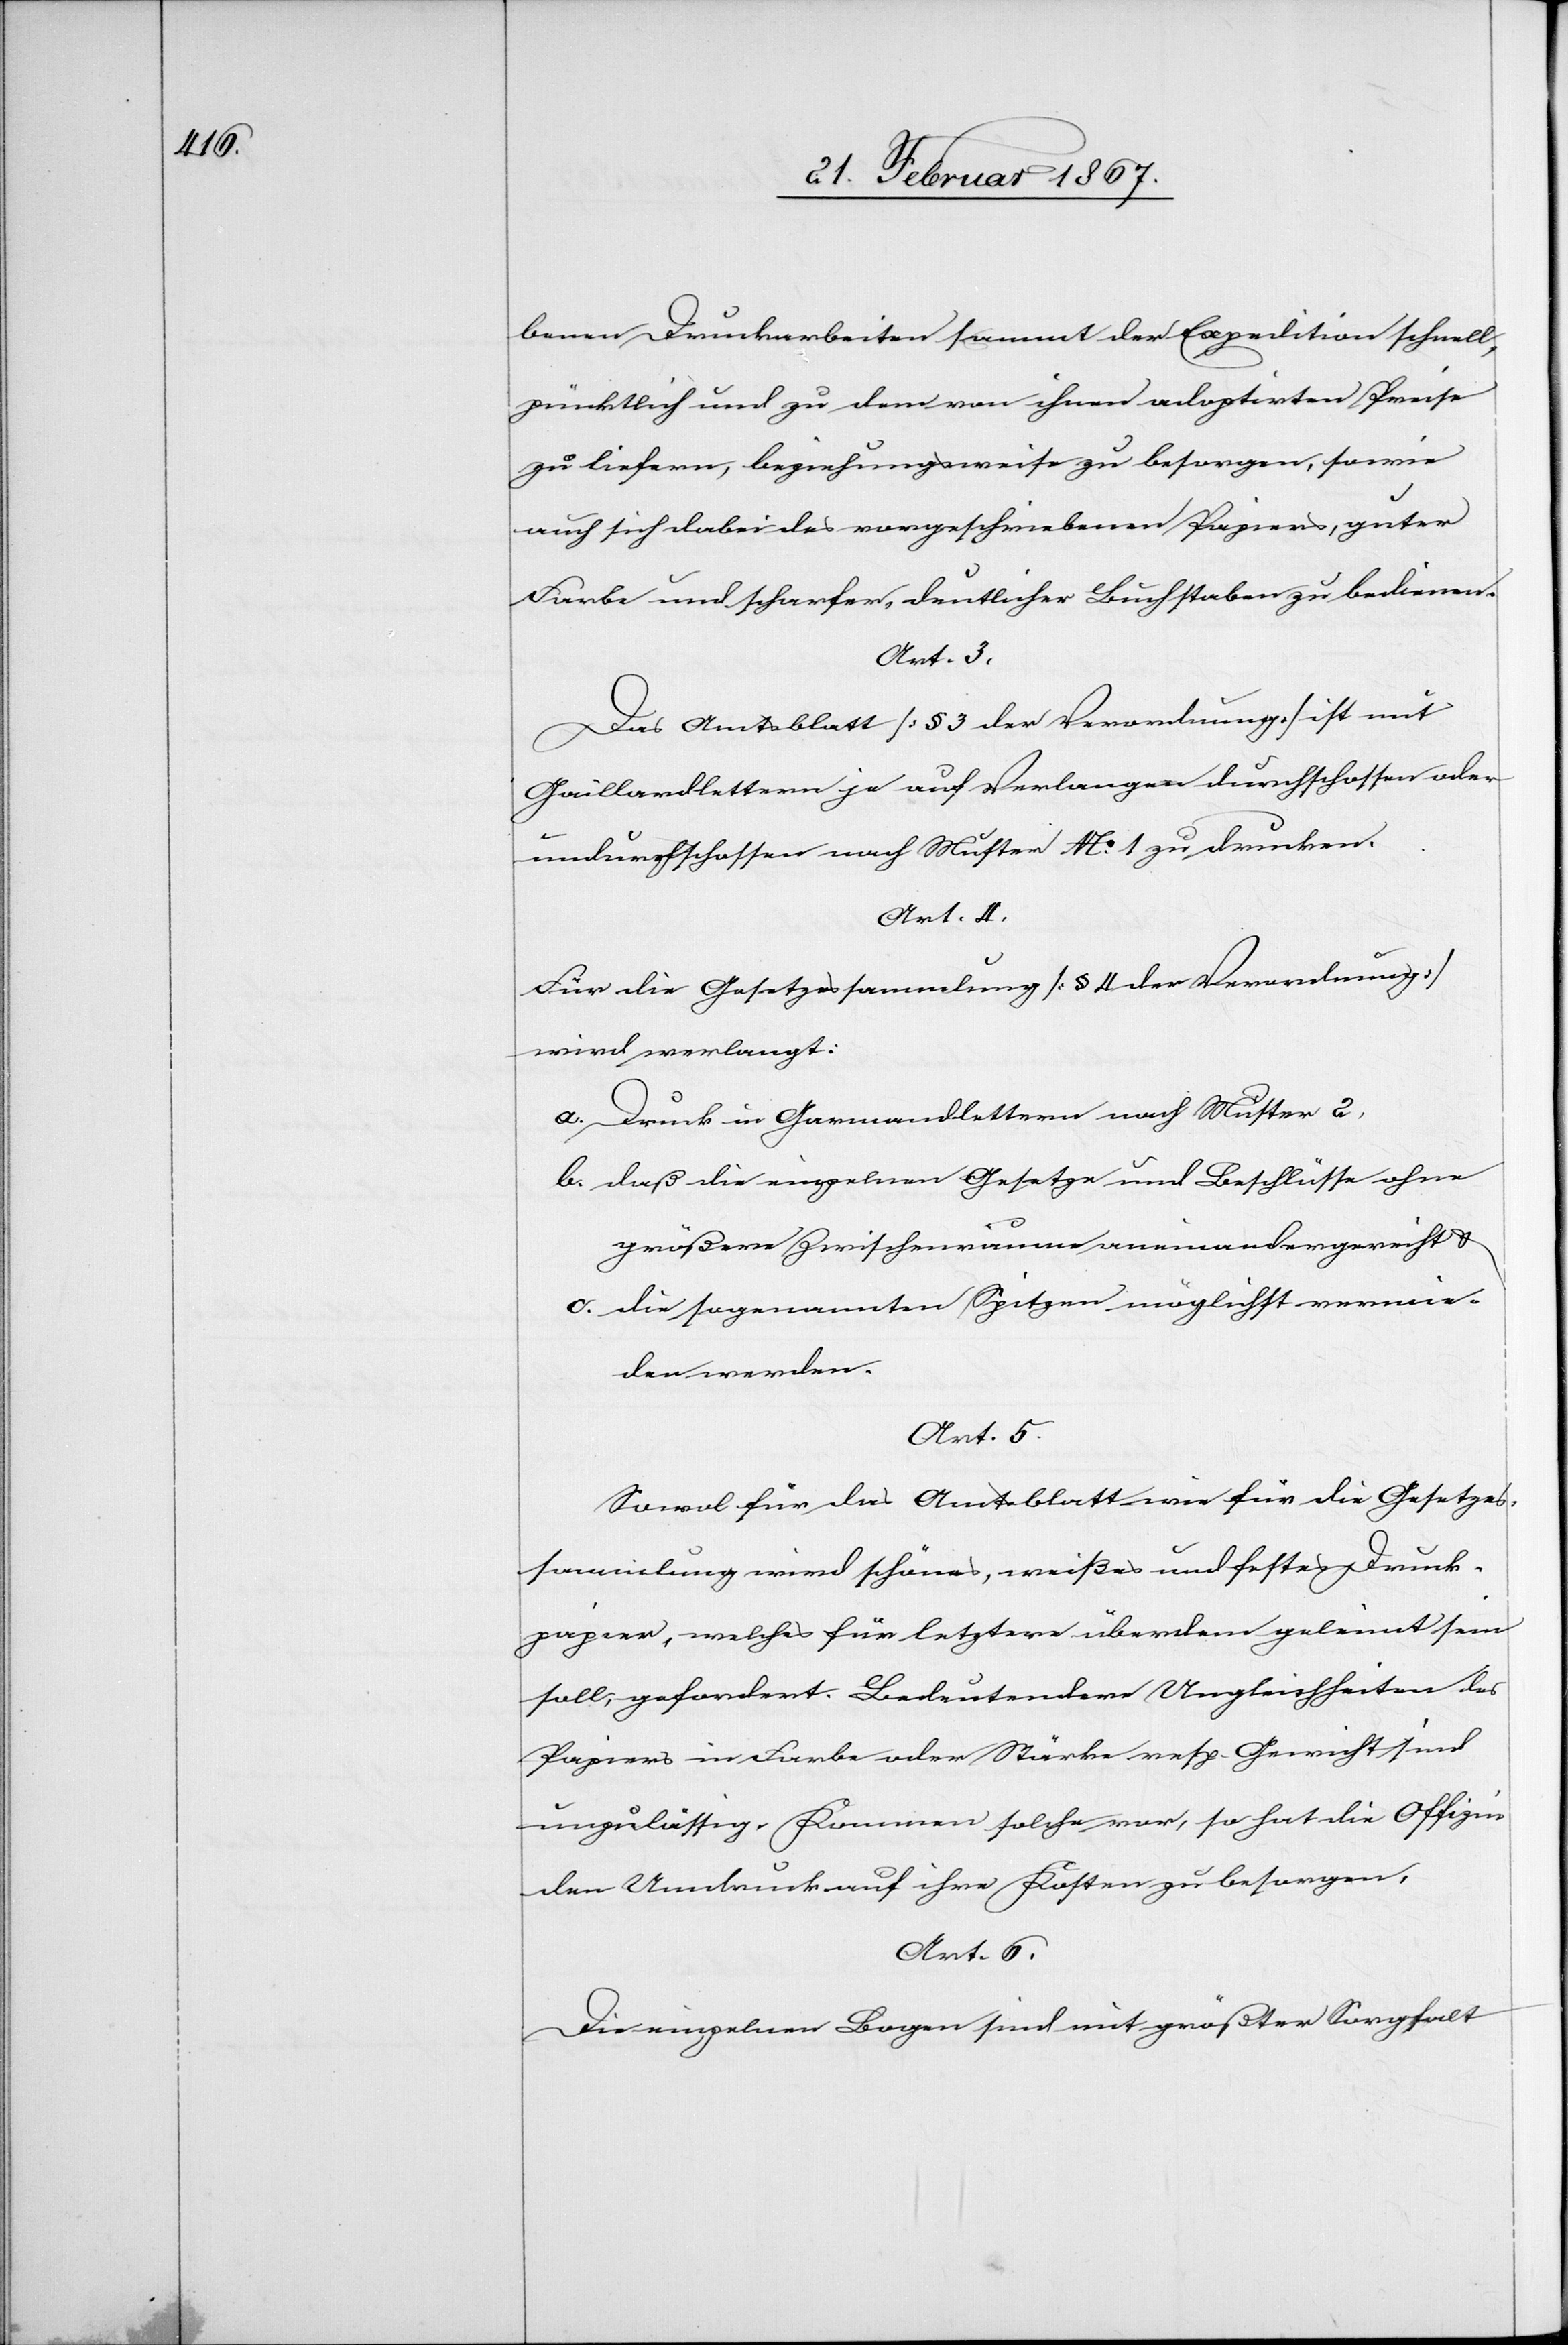
benen Druckarbeiten sammt der Expedition schnell,
pünktlich und zu dem von ihnen adoptirten Preise
zu liefern, beziehungsweise zu besorgen, sowie
auch sich dabei des vorgeschriebenen Papiers, guter
Farbe und scharfer, deutlicher Buchstaben zu bedienen.
Art. 3.
Das Amtsblatt [§ 3 der Verordnung] ist mit
Gaillardlettern je auf Verlangen durchschossen oder
undurchschossen nach Muster No. 1 zu drucken.
Art. 4.
Für die Gesetzessammlung [§ 4 der Verordnung]
wird verlangt:
a. 	Druck in Garmandlettern nach Muster 2,
b. 	daß die einzelnen Gesetze und Beschlüsse ohne
größere Zwischenräume aneinandergereiht u.
c.	die sogenannten Spitzen möglichst vermie¬
den werden.
Art. 5.
Sowol für das Amtsblatt wie für die Gesetzes¬
sammlung wird schönes, weißes und festes Druck¬
papier, welches für letztere überdem geleimt sein
soll, gefordert. Bedeutendere Ungleichheiten des
Papiers in Farbe oder Stärke resp. Gewicht sind
unzulässig. Kommen solche vor, so hat die Offizie
den Umdruck auf ihre Kosten zu besorgen.
Art. 6.
Die einzelnen Bogen sind mit größter Sorgfalt